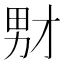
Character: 𪟞